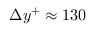
\Delta y ^ { + } \approx 1 3 0